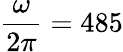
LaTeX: \frac{\omega}{2\pi}=485